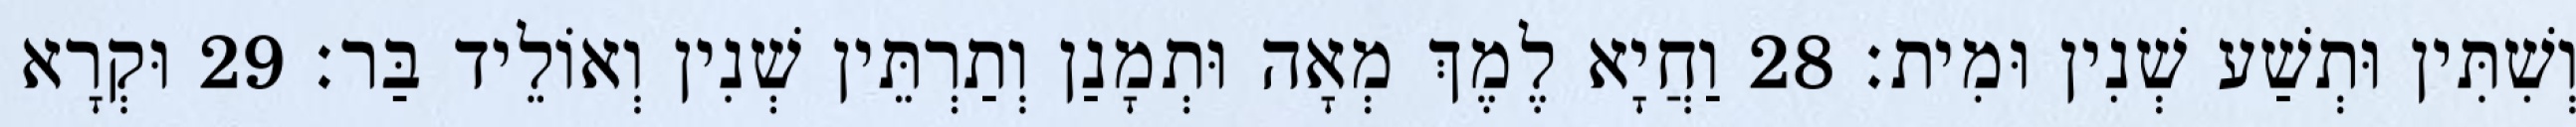
וְשִׁתִּין וּתְשַׁע שְׁנִין וּמִית׃ 28 וַחֲיָא לֶמֶךְ מְאָה וּתְמָנַן וְתַרְתֵּין שְׁנִין וְאוֹלֵיד בַּר׃ 29 וּקְרָא